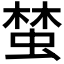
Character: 𱿨